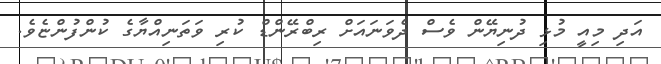
އަދި މިއީ މުޅި ދުނިޔޭން ވެސް ދެވަނައަށް ރިބްރޭންޑް ކުރި ވަތަނިއްޔާގެ ކުންފުންޏެވެ.